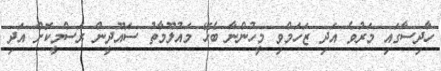
ހާދިސާގައި މަރުވެ އަދި ޒަހަމްވި މީހުންނާ ބެހޭ މައުލޫމާތު ސައޫދީން ރަސްމީކޮށް އަދި